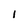
Character: I